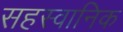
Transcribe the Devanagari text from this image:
सहस्वानिक